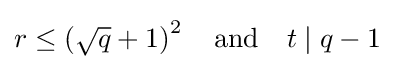
r\leq \left({\sqrt {q}}+1\right)^{2}\quad {\text{and}}\quad t\mid q-1